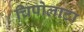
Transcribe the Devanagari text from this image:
चिपोलाटा